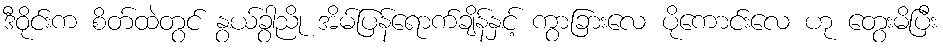
ဒီဝိုင်းက စိတ်ထဲတွင် နွယ်ခွာညို အိမ်ပြန်ရောက်ချိန်နှင့် ကွာခြားလေ ပိုကောင်းလေ ဟု တွေးမိပြီး